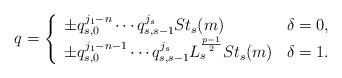
LaTeX: \begin{align*}q=\left\{\begin{array}{ll}\pm q_{s,0}^{j_1-n}\cdots q_{s,s-1}^{j_s}St_s(m)&\delta=0,\\\pm q_{s,0}^{j_1-n-1}\cdots q_{s,s-1}^{j_s}L_s^{\frac{p-1}{2}}St_s(m)&\delta=1.\end{array}\right.\end{align*}